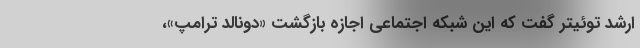
ارشد توئیتر گفت که این شبکه اجتماعی اجازه بازگشت «دونالد ترامپ»،